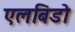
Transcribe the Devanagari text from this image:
एलबिडो